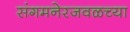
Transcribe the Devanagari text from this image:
संगमनेरजवळच्या